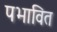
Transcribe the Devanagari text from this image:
पभावित